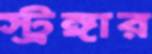
স্ট্রঙ্গার